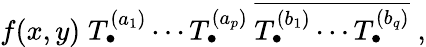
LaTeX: f(x,y)\; T_{\bullet}^{(a_{1})}\cdots T_{\bullet}^{(a_{p})}\: \overline{{{T_{\bullet}^{(b_{1})}\cdots T_{\bullet}^{(b_{q})}}}}\; ,